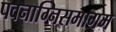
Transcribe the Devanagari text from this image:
पवनाग्निसमागम